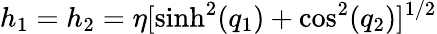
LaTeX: h_{1}=h_{2}=\eta[\sinh^{2}(q_{1})+\cos^{2}(q_{2})]^{1/2}